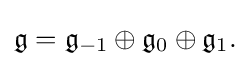
\displaystyle {{\mathfrak {g}}={\mathfrak {g}}_{-1}\oplus {\mathfrak {g}}_{0}\oplus {\mathfrak {g}}_{1}.}